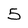
Character: 5